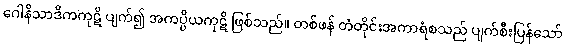
ဂေါနိသာဒိကကုဋိ ပျက်၍ အကပ္ပိယကုဋိ ဖြစ်သည်။ တစ်ဖန် တံတိုင်းအကာရံစသည် ပျက်စီးပြန်သော်